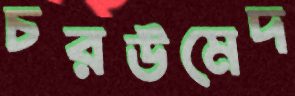
চরউমেদ